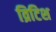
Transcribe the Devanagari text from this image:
व्रिटिश